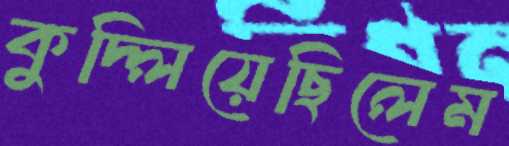
কুদ্‌লিয়েছিলেম